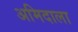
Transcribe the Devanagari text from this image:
अमिदाला